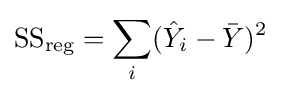
{\text{SS}}_{\text{reg}}=\sum _{i}({\hat {Y}}_{i}-{\bar {Y}})^{2}